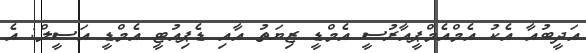
އަދީބުއާ އެކު އެމްއެމްޕީއާރުސީ އެމްޑީ ޒިޔަތު އާއި ޑެޕިއުޓީ އެމްޑީ އަސީލް: އެ